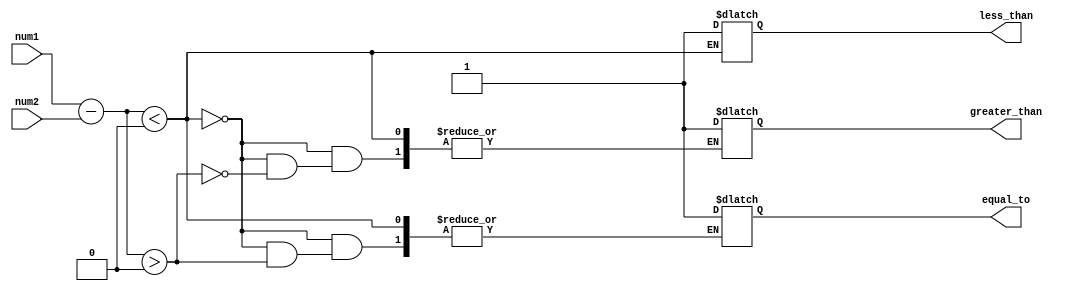
module inequality_comparator (
  input signed [7:0] num1,
  input signed [7:0] num2,
  output reg less_than,
  output reg greater_than,
  output reg equal_to
);

reg signed [7:0] difference;
reg signed [7:0] zero;

assign difference = num1 - num2;
assign zero = 0;

always @(*) begin
  if(difference < zero)
    less_than = 1;
  else if(difference > zero)
    greater_than = 1;
  else
    equal_to = 1;
end

endmodule